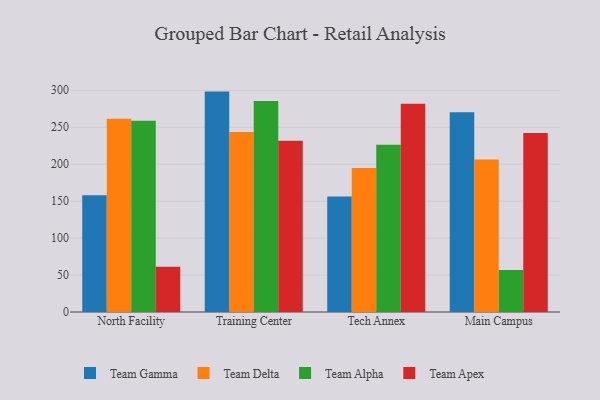
{"axis": {"x": "Campus", "y": "Bounce Rate (%)"}, "legend": ["Team Alpha", "Team Apex", "Team Delta", "Team Gamma"], "data": [{"x": "North Facility", "y": 157.9, "type": "Team Gamma"}, {"x": "North Facility", "y": 261.4, "type": "Team Delta"}, {"x": "North Facility", "y": 258.8, "type": "Team Alpha"}, {"x": "North Facility", "y": 61.2, "type": "Team Apex"}, {"x": "Training Center", "y": 298.2, "type": "Team Gamma"}, {"x": "Training Center", "y": 243.6, "type": "Team Delta"}, {"x": "Training Center", "y": 285.4, "type": "Team Alpha"}, {"x": "Training Center", "y": 231.8, "type": "Team Apex"}, {"x": "Tech Annex", "y": 156.3, "type": "Team Gamma"}, {"x": "Tech Annex", "y": 194.9, "type": "Team Delta"}, {"x": "Tech Annex", "y": 226.3, "type": "Team Alpha"}, {"x": "Tech Annex", "y": 281.8, "type": "Team Apex"}, {"x": "Main Campus", "y": 270.4, "type": "Team Gamma"}, {"x": "Main Campus", "y": 206.4, "type": "Team Delta"}, {"x": "Main Campus", "y": 56.7, "type": "Team Alpha"}, {"x": "Main Campus", "y": 242.2, "type": "Team Apex"}]}